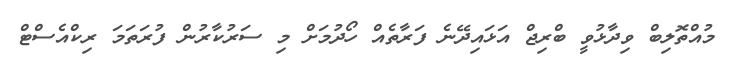
މުއްތޮލިބް ވިދާޅުވީ ބްރިޖް އަޅައިދޭނެ ފަރާތެއް ހޯދުމަށް މި ސަރުކާރުން ފުރަތަމަ ރިކްއެސްޓް